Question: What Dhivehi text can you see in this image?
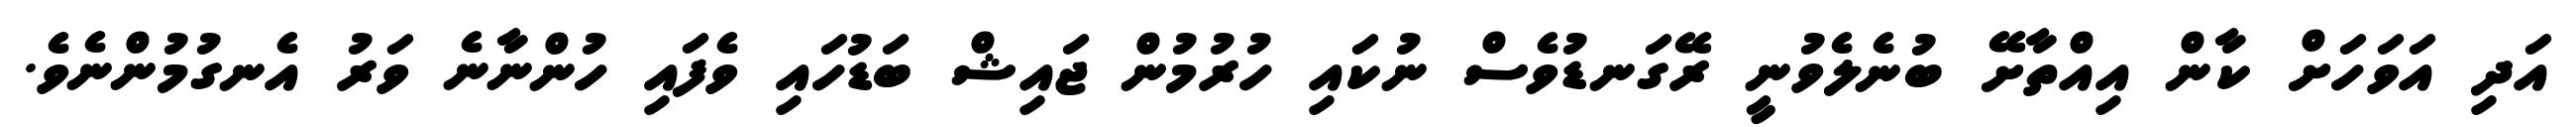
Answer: އަދި އަވަހަށް ކާން އިއްތާށޭ ބުނެލެވުނީ ރޭގަނޑުވެސް ނުކައި ހުރުމުން ޖައިޝް ބަޑުހައި ވެފައި ހުންނާނެ ވަރު އެނގުމުންނެވެ.